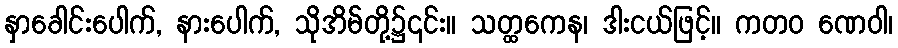
နှာခေါင်းပေါက်, နားပေါက်, သိုအိမ်တို့၌၎င်း။ သတ္ထကေန၊ ဒါးငယ်ဖြင့်။ ကတဝ ဏေဝါ၊